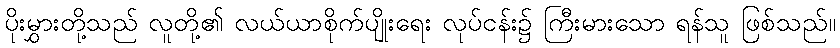
ပိုးမွှားတို့သည် လူတို့၏ လယ်ယာစိုက်ပျိုးရေး လုပ်ငန်း၌ ကြီးမားသော ရန်သူ ဖြစ်သည်။